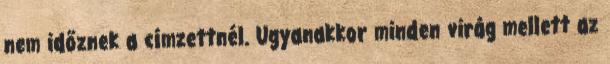
nem időznek a címzettnél. Ugyanakkor minden virág mellett az